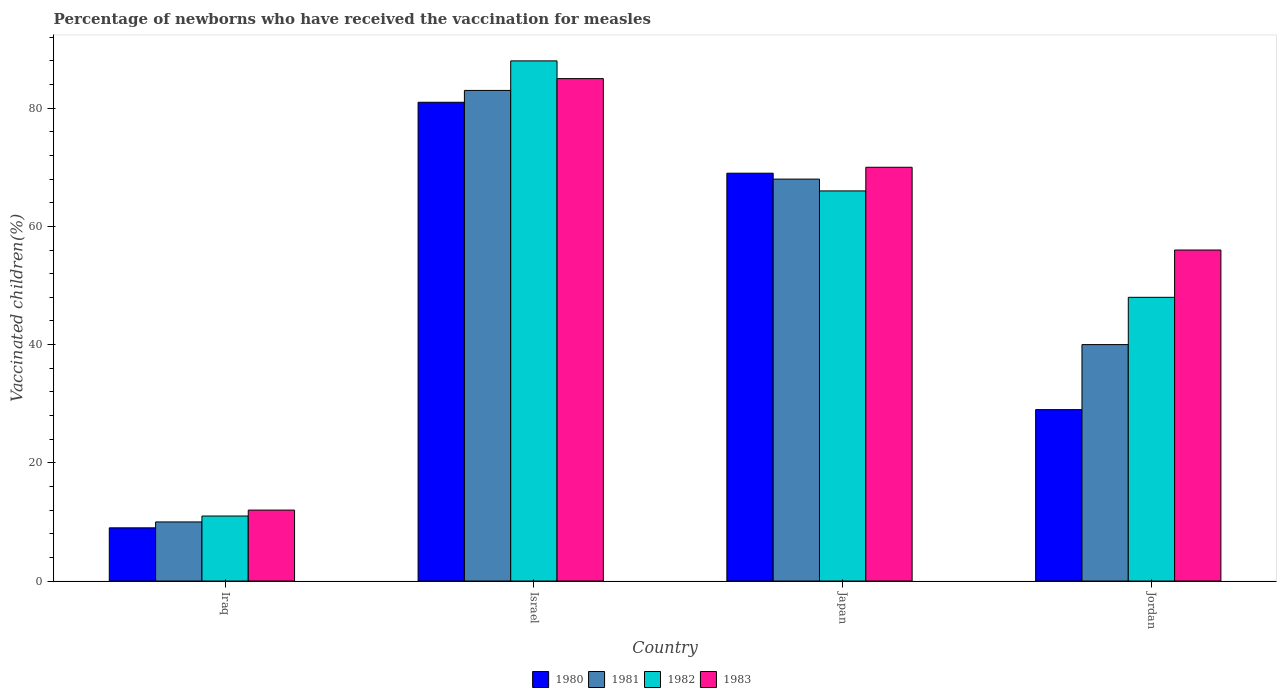
| Country | 1980 | 1981 | 1982 | 1983 |
 | --- | --- | --- | --- | --- |
 | Iraq | 9 | 10 | 11 | 12 |
 | Israel | 81 | 83 | 88 | 85 |
 | Japan | 69 | 68 | 66 | 70 |
 | Jordan | 29 | 40 | 48 | 56 |